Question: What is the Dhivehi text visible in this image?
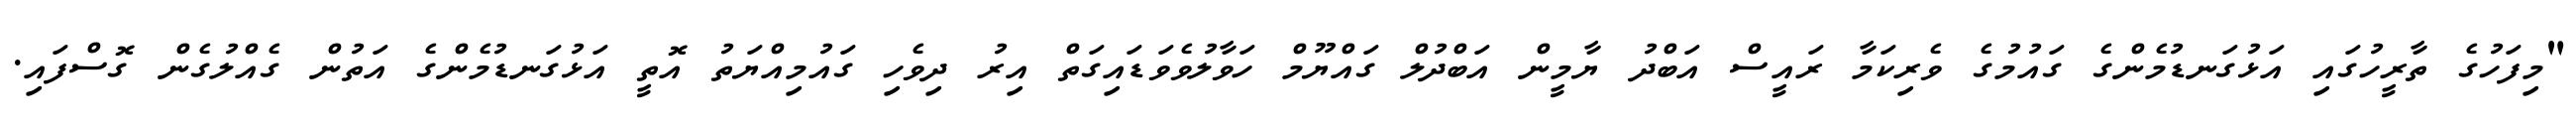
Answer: "މިފަހުގެ ތާރީހުގައި އަޅުގަނޑުމެންގެ ގައުމުގެ ވެރިކަމާ ރައީސް އަބްދު ޔާމީން އަބްދުލް ގައްޔޫމް ހަވާލުވެވަޑައިގަތް އިރު ދިވެހި ގައުމިއްޔަތު އޮތީ އަޅުގަނޑުމެންގެ އަތުން ގެއްލުގެން ގޮސްފައި.